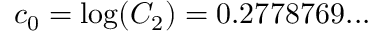
c _ { 0 } = \log ( C _ { 2 } ) = 0 . 2 7 7 8 7 6 9 . . .